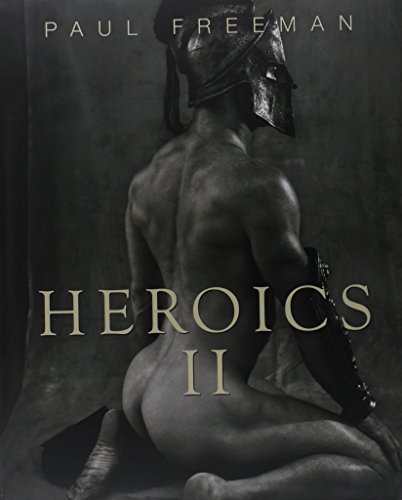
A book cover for Heroics 2; Arts & Photography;